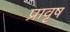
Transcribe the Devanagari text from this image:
प्रावृष